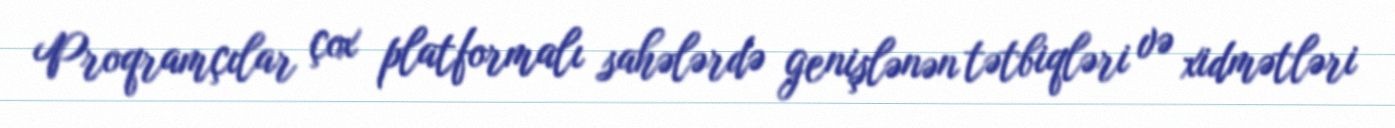
Proqramçılar çox platformalı sahələrdə genişlənən tətbiqləri və xidmətləri